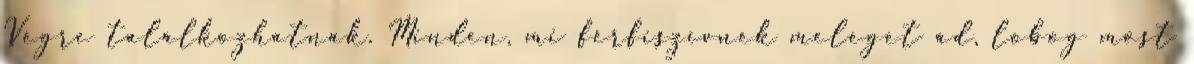
Végre találkozhatnak. Minden, mi férfiszívnek meleget ád, lobog most